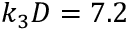
k _ { 3 } D = 7 . 2